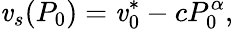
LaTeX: \mathit{v}_{s}(P_{0})=\mathit{v}_{0}^{*}-cP_{0}^{\alpha},